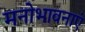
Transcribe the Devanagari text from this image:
मनोभावनाएं